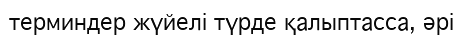
терминдер жүйелі түрде қалыптасса, әрі